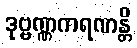
ဒုဗ္ဗဏ္ဏကရဏန္တိ